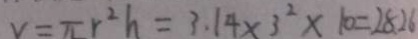
v = \pi r ^ { 2 } h = 3 . 1 4 \times 3 ^ { 2 } \times 1 0 = 2 8 . 2 6